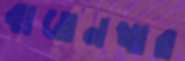
বাতেনখার